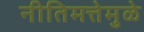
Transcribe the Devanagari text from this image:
नीतिमत्तेमुळे